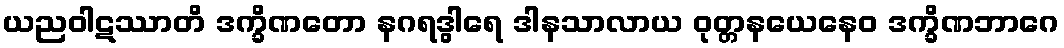
ယညဝါဋဿာတိ ဒက္ခိဏတော နဂရဒွါရေ ဒါနသာလာယ ဝုတ္တနယေနေဝ ဒက္ခိဏဘာဂေ